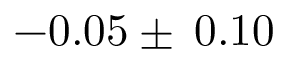
- 0 . 0 5 \pm \: 0 . 1 0